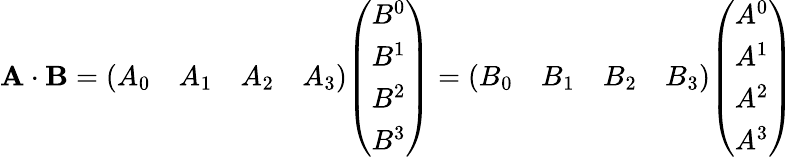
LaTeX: \mathbf{A}\cdot\mathbf{B}={\left(\begin{array}{llll}{A_{0}}&{A_{1}}&{A_{2}}&{A_{3}}\end{array}\right)}{\left(\begin{array}{l}{B^{0}}\\ {B^{1}}\\ {B^{2}}\\ {B^{3}}\end{array}\right)}={\left(\begin{array}{llll}{B_{0}}&{B_{1}}&{B_{2}}&{B_{3}}\end{array}\right)}{\left(\begin{array}{l}{A^{0}}\\ {A^{1}}\\ {A^{2}}\\ {A^{3}}\end{array}\right)}